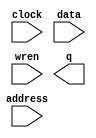
// megafunction wizard: %RAM: 1-PORT%VBB%
// GENERATION: STANDARD
// VERSION: WM1.0
// MODULE: altsyncram 

// ============================================================
// Megafunction Name(s):
// 			altsyncram
//
// Simulation Library Files(s):
// 			altera_mf
// ============================================================
// ************************************************************
// THIS IS A WIZARD-GENERATED FILE. DO NOT EDIT THIS FILE!
//
// 17.0.0 Build 595 04/25/2017 SJ Standard Edition
// ************************************************************

//Copyright (C) 2017  Intel Corporation. All rights reserved.
//Your use of Intel Corporation's design tools, logic functions 
//and other software and tools, and its AMPP partner logic 
//functions, and any output files from any of the foregoing 
//(including device programming or simulation files), and any 
//associated documentation or information are expressly subject 
//to the terms and conditions of the Intel Program License 
//Subscription Agreement, the Intel Quartus Prime License Agreement,
//the Intel MegaCore Function License Agreement, or other 
//applicable license agreement, including, without limitation, 
//that your use is for the sole purpose of programming logic 
//devices manufactured by Intel and sold by Intel or its 
//authorized distributors.  Please refer to the applicable 
//agreement for further details.

module Map (
	address,
	clock,
	data,
	wren,
	q);

	input	[8:0]  address;
	input	  clock;
	input	[2:0]  data;
	input	  wren;
	output	[2:0]  q;
`ifndef ALTERA_RESERVED_QIS
// synopsys translate_off
`endif
	tri1	  clock;
`ifndef ALTERA_RESERVED_QIS
// synopsys translate_on
`endif

endmodule

// ============================================================
// CNX file retrieval info
// ============================================================
// Retrieval info: PRIVATE: ADDRESSSTALL_A NUMERIC "0"
// Retrieval info: PRIVATE: AclrAddr NUMERIC "0"
// Retrieval info: PRIVATE: AclrByte NUMERIC "0"
// Retrieval info: PRIVATE: AclrData NUMERIC "0"
// Retrieval info: PRIVATE: AclrOutput NUMERIC "0"
// Retrieval info: PRIVATE: BYTE_ENABLE NUMERIC "0"
// Retrieval info: PRIVATE: BYTE_SIZE NUMERIC "8"
// Retrieval info: PRIVATE: BlankMemory NUMERIC "0"
// Retrieval info: PRIVATE: CLOCK_ENABLE_INPUT_A NUMERIC "0"
// Retrieval info: PRIVATE: CLOCK_ENABLE_OUTPUT_A NUMERIC "0"
// Retrieval info: PRIVATE: Clken NUMERIC "0"
// Retrieval info: PRIVATE: DataBusSeparated NUMERIC "1"
// Retrieval info: PRIVATE: IMPLEMENT_IN_LES NUMERIC "0"
// Retrieval info: PRIVATE: INIT_FILE_LAYOUT STRING "PORT_A"
// Retrieval info: PRIVATE: INIT_TO_SIM_X NUMERIC "0"
// Retrieval info: PRIVATE: INTENDED_DEVICE_FAMILY STRING "Cyclone V"
// Retrieval info: PRIVATE: JTAG_ENABLED NUMERIC "0"
// Retrieval info: PRIVATE: JTAG_ID STRING "NONE"
// Retrieval info: PRIVATE: MAXIMUM_DEPTH NUMERIC "0"
// Retrieval info: PRIVATE: MIFfilename STRING "D:/MapData.mif"
// Retrieval info: PRIVATE: NUMWORDS_A NUMERIC "512"
// Retrieval info: PRIVATE: RAM_BLOCK_TYPE NUMERIC "0"
// Retrieval info: PRIVATE: READ_DURING_WRITE_MODE_PORT_A NUMERIC "3"
// Retrieval info: PRIVATE: RegAddr NUMERIC "1"
// Retrieval info: PRIVATE: RegData NUMERIC "1"
// Retrieval info: PRIVATE: RegOutput NUMERIC "0"
// Retrieval info: PRIVATE: SYNTH_WRAPPER_GEN_POSTFIX STRING "0"
// Retrieval info: PRIVATE: SingleClock NUMERIC "1"
// Retrieval info: PRIVATE: UseDQRAM NUMERIC "1"
// Retrieval info: PRIVATE: WRCONTROL_ACLR_A NUMERIC "0"
// Retrieval info: PRIVATE: WidthAddr NUMERIC "9"
// Retrieval info: PRIVATE: WidthData NUMERIC "3"
// Retrieval info: PRIVATE: rden NUMERIC "0"
// Retrieval info: LIBRARY: altera_mf altera_mf.altera_mf_components.all
// Retrieval info: CONSTANT: CLOCK_ENABLE_INPUT_A STRING "BYPASS"
// Retrieval info: CONSTANT: CLOCK_ENABLE_OUTPUT_A STRING "BYPASS"
// Retrieval info: CONSTANT: INIT_FILE STRING "D:/MapData.mif"
// Retrieval info: CONSTANT: INTENDED_DEVICE_FAMILY STRING "Cyclone V"
// Retrieval info: CONSTANT: LPM_HINT STRING "ENABLE_RUNTIME_MOD=NO"
// Retrieval info: CONSTANT: LPM_TYPE STRING "altsyncram"
// Retrieval info: CONSTANT: NUMWORDS_A NUMERIC "512"
// Retrieval info: CONSTANT: OPERATION_MODE STRING "SINGLE_PORT"
// Retrieval info: CONSTANT: OUTDATA_ACLR_A STRING "NONE"
// Retrieval info: CONSTANT: OUTDATA_REG_A STRING "UNREGISTERED"
// Retrieval info: CONSTANT: POWER_UP_UNINITIALIZED STRING "FALSE"
// Retrieval info: CONSTANT: READ_DURING_WRITE_MODE_PORT_A STRING "NEW_DATA_NO_NBE_READ"
// Retrieval info: CONSTANT: WIDTHAD_A NUMERIC "9"
// Retrieval info: CONSTANT: WIDTH_A NUMERIC "3"
// Retrieval info: CONSTANT: WIDTH_BYTEENA_A NUMERIC "1"
// Retrieval info: USED_PORT: address 0 0 9 0 INPUT NODEFVAL "address[8..0]"
// Retrieval info: USED_PORT: clock 0 0 0 0 INPUT VCC "clock"
// Retrieval info: USED_PORT: data 0 0 3 0 INPUT NODEFVAL "data[2..0]"
// Retrieval info: USED_PORT: q 0 0 3 0 OUTPUT NODEFVAL "q[2..0]"
// Retrieval info: USED_PORT: wren 0 0 0 0 INPUT NODEFVAL "wren"
// Retrieval info: CONNECT: @address_a 0 0 9 0 address 0 0 9 0
// Retrieval info: CONNECT: @clock0 0 0 0 0 clock 0 0 0 0
// Retrieval info: CONNECT: @data_a 0 0 3 0 data 0 0 3 0
// Retrieval info: CONNECT: @wren_a 0 0 0 0 wren 0 0 0 0
// Retrieval info: CONNECT: q 0 0 3 0 @q_a 0 0 3 0
// Retrieval info: GEN_FILE: TYPE_NORMAL Map.v TRUE
// Retrieval info: GEN_FILE: TYPE_NORMAL Map.inc FALSE
// Retrieval info: GEN_FILE: TYPE_NORMAL Map.cmp FALSE
// Retrieval info: GEN_FILE: TYPE_NORMAL Map.bsf FALSE
// Retrieval info: GEN_FILE: TYPE_NORMAL Map_inst.v FALSE
// Retrieval info: GEN_FILE: TYPE_NORMAL Map_bb.v TRUE
// Retrieval info: LIB_FILE: altera_mf